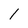
Character: l